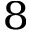
^ 8